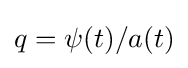
q=\psi (t)/a(t)